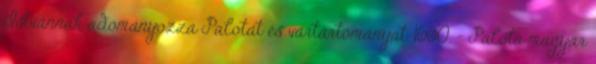
Istvánnak adományozza Palotát és vártartományát. 1660. – Palota magyar